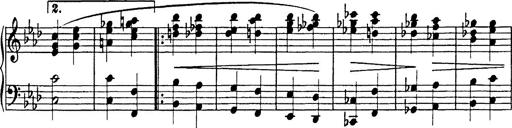
Title: 8 Variations
Composer: Franz Liszt
Key: A-flat major